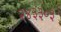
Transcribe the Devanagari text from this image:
२४३३०३